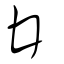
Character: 廿